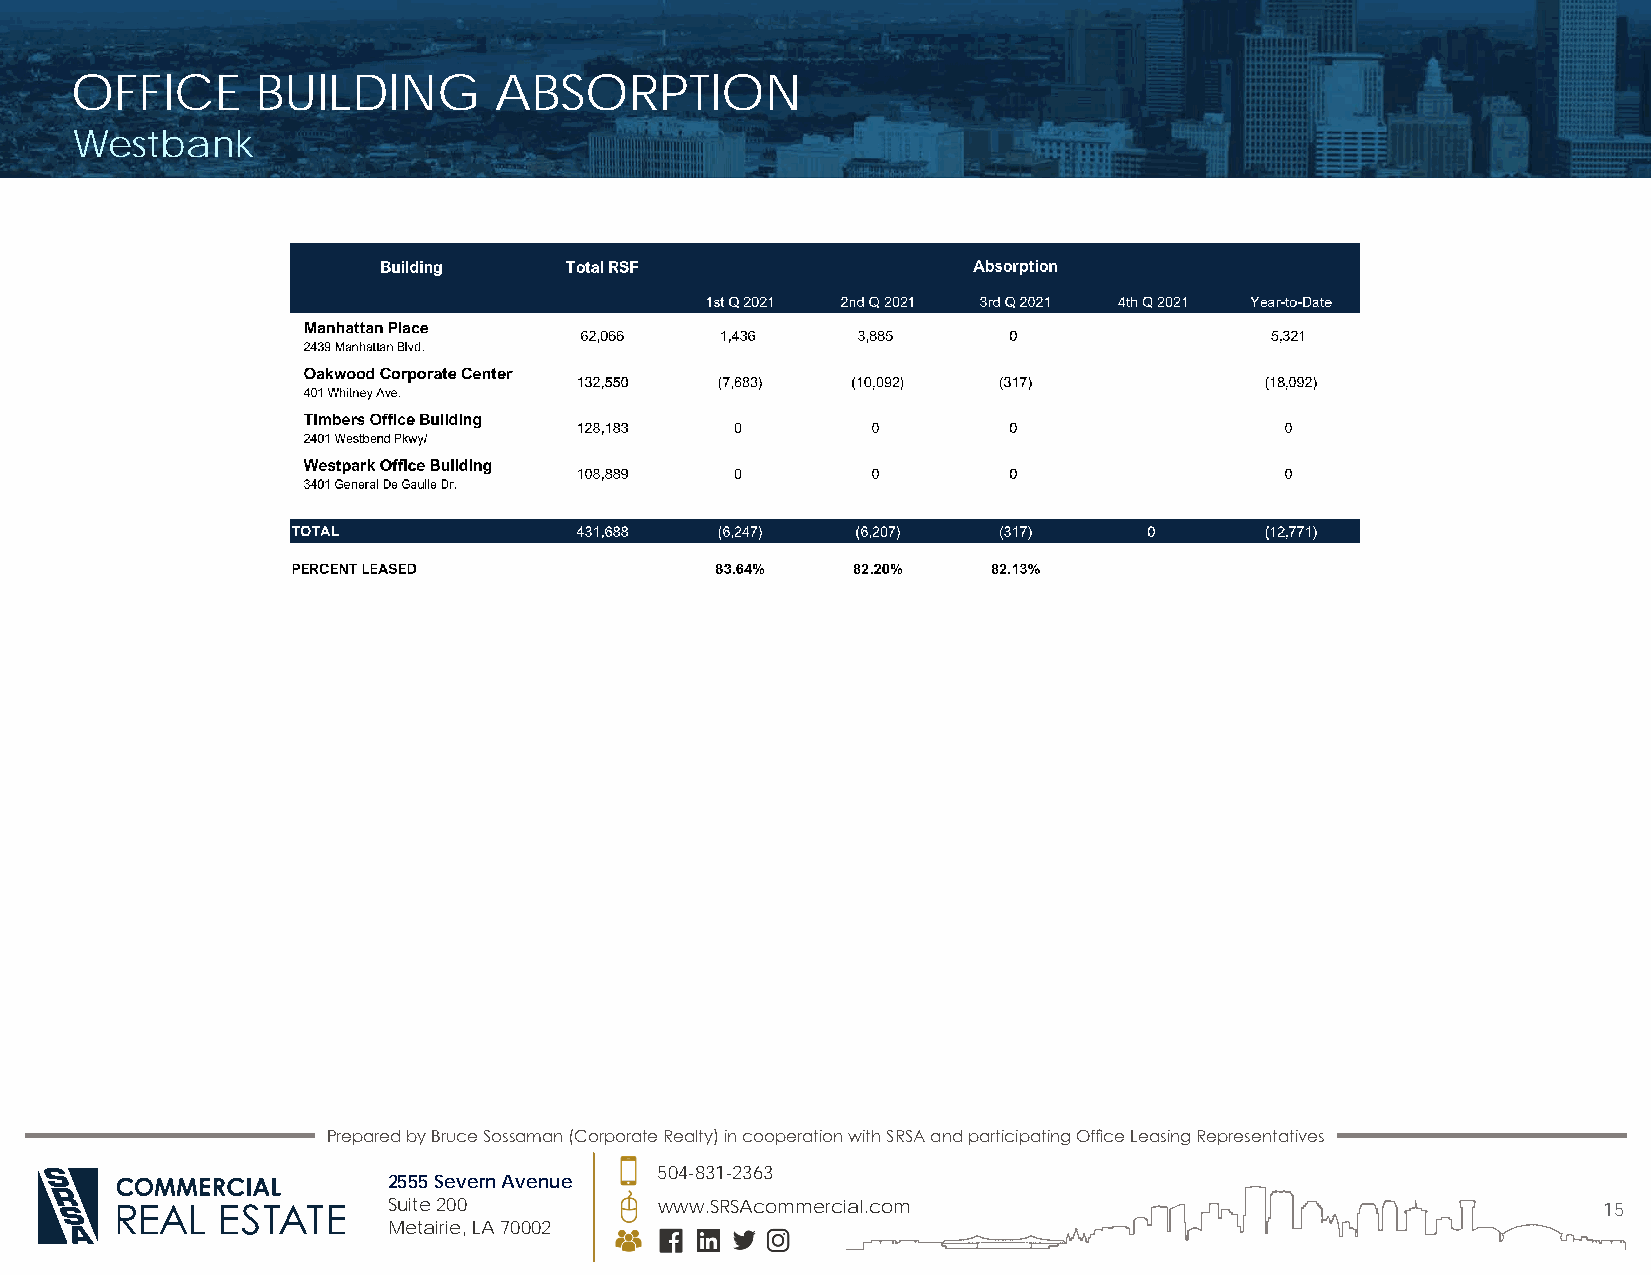
OFFICE      BUILDING        ABSORPTION
 Westbank
 Prepared by Bruce Sossaman (Corporate Realty) in cooperation with SRSA and participating Office Leasing Representatives
 504-831-2363
 2555 Severn Avenue
 Suite 200         www.SRSAcommercial.com                                        15
 Metairie, LA 70002